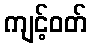
ကျင့်ဝတ်